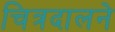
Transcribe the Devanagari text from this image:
चित्रदालने